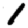
Digit: 1